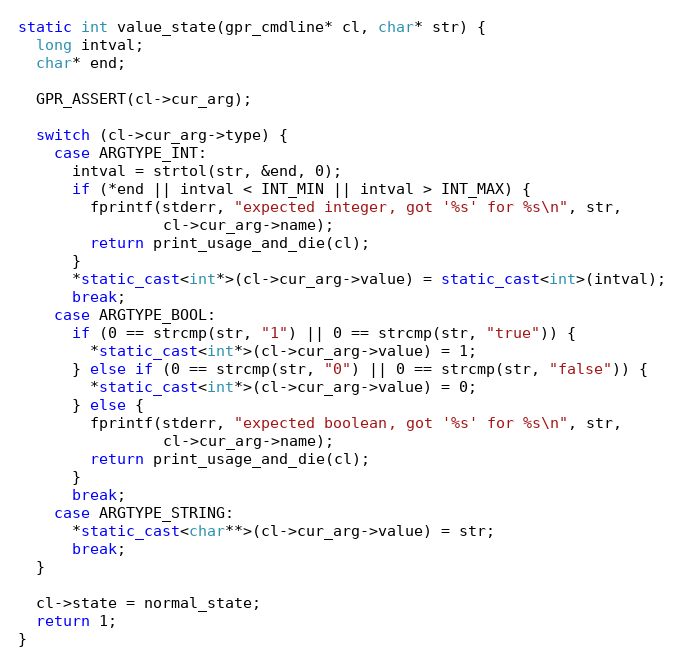
Language: C++
static int value_state(gpr_cmdline* cl, char* str) {
  long intval;
  char* end;

  GPR_ASSERT(cl->cur_arg);

  switch (cl->cur_arg->type) {
    case ARGTYPE_INT:
      intval = strtol(str, &end, 0);
      if (*end || intval < INT_MIN || intval > INT_MAX) {
        fprintf(stderr, "expected integer, got '%s' for %s\n", str,
                cl->cur_arg->name);
        return print_usage_and_die(cl);
      }
      *static_cast<int*>(cl->cur_arg->value) = static_cast<int>(intval);
      break;
    case ARGTYPE_BOOL:
      if (0 == strcmp(str, "1") || 0 == strcmp(str, "true")) {
        *static_cast<int*>(cl->cur_arg->value) = 1;
      } else if (0 == strcmp(str, "0") || 0 == strcmp(str, "false")) {
        *static_cast<int*>(cl->cur_arg->value) = 0;
      } else {
        fprintf(stderr, "expected boolean, got '%s' for %s\n", str,
                cl->cur_arg->name);
        return print_usage_and_die(cl);
      }
      break;
    case ARGTYPE_STRING:
      *static_cast<char**>(cl->cur_arg->value) = str;
      break;
  }

  cl->state = normal_state;
  return 1;
}